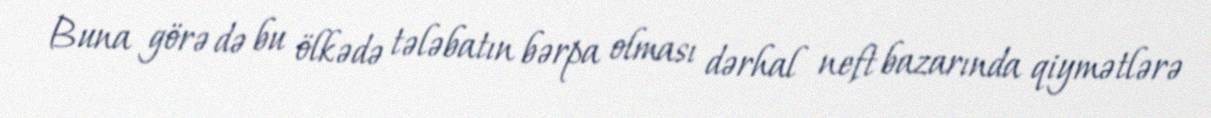
Buna görə də bu ölkədə tələbatın bərpa olması dərhal neft bazarında qiymətlərə